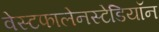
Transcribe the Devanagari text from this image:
वेस्टफालेनस्टेडियॉन